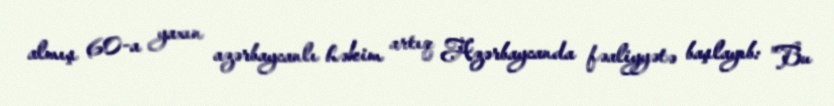
almış 60-a yaxın azərbaycanlı həkim artıq Azərbaycanda fəaliyyətə başlayıb: "Bu